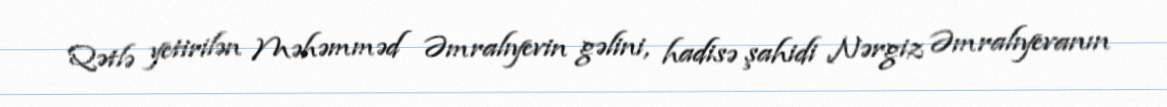
Qətlə yetirilən Məhəmməd Əmralıyevin gəlini, hadisə şahidi Nərgiz Əmralıyevanın